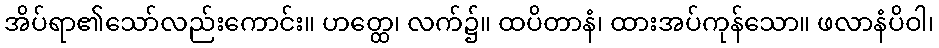
အိပ်ရာ၏သော်လည်းကောင်း။ ဟတ္ထေ၊ လက်၌။ ထပိတာနံ၊ ထားအပ်ကုန်သော။ ဖလာနံပိဝါ၊